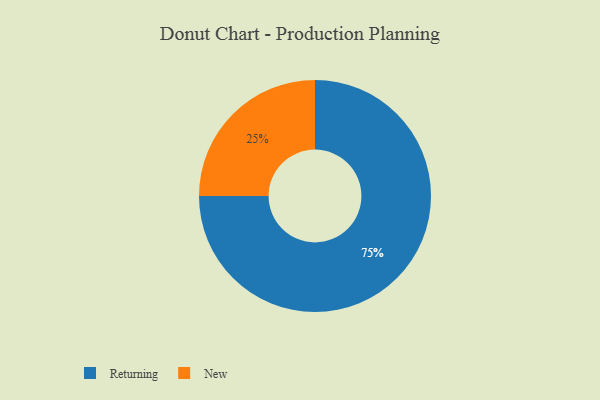
{"axis": {"x": "Category", "y": "Percentage"}, "legend": ["New", "Returning"], "data": [{"x": "New", "y": 25, "type": "New"}, {"x": "Returning", "y": 75, "type": "Returning"}]}